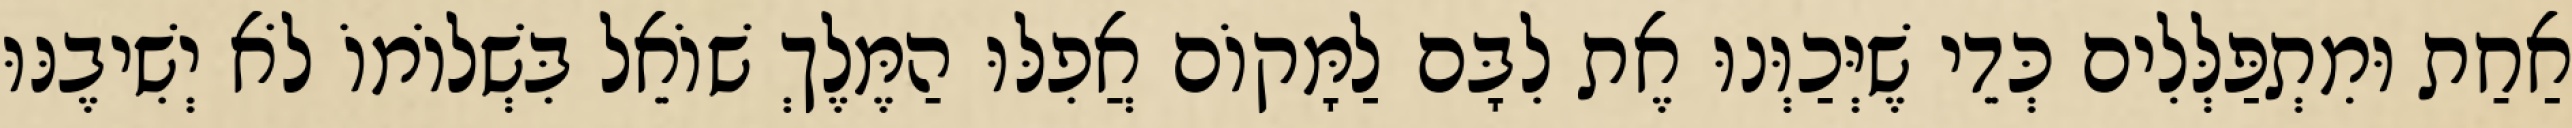
אַחַת וּמִתְפַּלְּלִים כְּדֵי שֶׁיְּכַוְּנוּ אֶת לִבָּם לַמָּקוֹם אֲפִלּוּ הַמֶּלֶךְ שׁוֹאֵל בִּשְׁלוֹמוֹ לֹא יְשִׁיבֶנּוּ